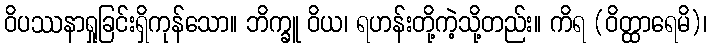
ဝိပဿနာရှုခြင်းရှိကုန်သော။ ဘိက္ခူ ဝိယ၊ ရဟန်းတို့ကဲ့သို့တည်း။ ကိရ (ဝိတ္ထာရေမိ)၊